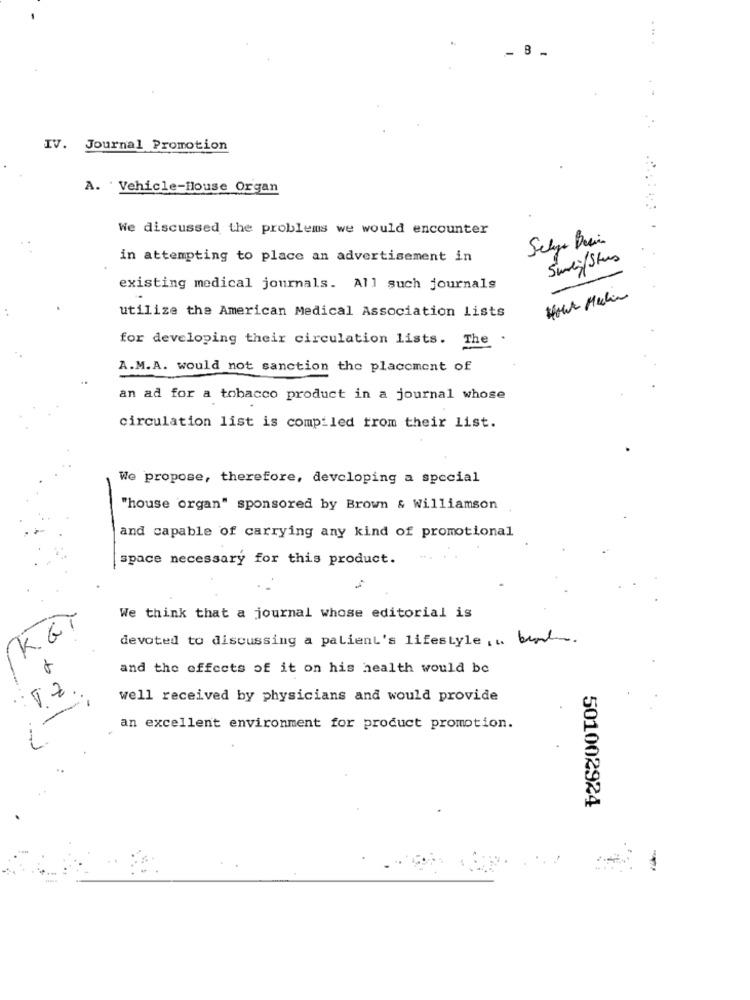
. ..
- 8 -
IV. Journal Promotion
A. Vehicle-House Organ
We discussed the problems we would encounter
in attempting to place an advertisement in
Swen/Stus
existing medical journals. All such journals
Hour Malin
utilize the American Medical Association Lists
for developing their circulation lists. The
A.M.A. would not sanction the placement of
an ad for a tobacco product in a journal whose
circulation list is compiled from their list.
We propose, therefore, developing a special
"house organ" sponsored by Brown & Williamson
and capable of carrying any kind of promotional
space necessary for this product.
We think that a journal whose editorial is
KGI
devoted to discussing a patient's lifestyle ... band
and the effects of it on his health would be
1
well received by physicians and would provide
an excellent environment for product promotion.
501002924